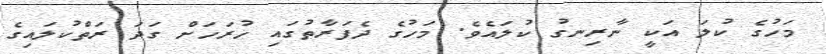
މަހުގެ ކުލަ އަކީ ނާރިނގު ކުލައެވެ. މަހުގެ ދެފަރާތުގައި ހުރަހަށް ގަދަ ރަތްކުލައިގެ